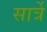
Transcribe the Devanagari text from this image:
सार्त्रे